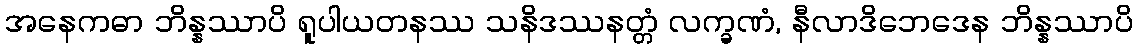
အနေကဓာ ဘိန္နဿာပိ ရူပါယတနဿ သနိဒဿနတ္တံ လက္ခဏံ, နီလာဒိဘေဒေန ဘိန္နဿာပိ